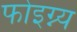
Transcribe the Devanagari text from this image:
फोइग्न्य